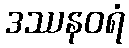
ဒဿနဝရံ